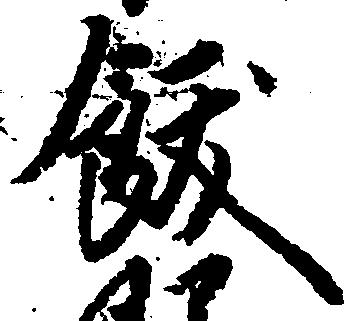
飫